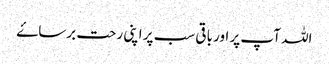
اللہ آپ پر اور باقی سب پر اپنی رحت برساۓ